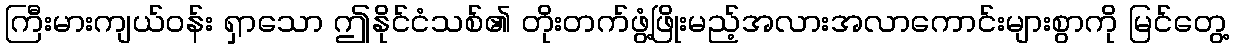
ကြီးမားကျယ်ဝန်း ရှာသော ဤနိုင်ငံသစ်၏ တိုးတက်ဖွံ့ဖြိုးမည့်အလားအလာကောင်းများစွာကို မြင်တွေ့